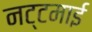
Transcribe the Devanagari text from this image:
नट्टमाई